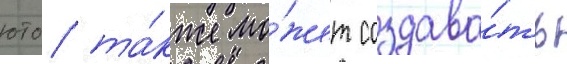
юто та́кже мо́жет создава́ть